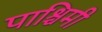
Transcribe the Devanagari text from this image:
पाश्चिमी